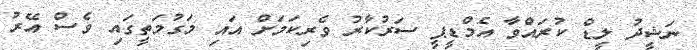
ނަޝީދު ލީޑް ކުރައްވާ އެމްޑީޕީ ސަރުކާރު ވެރިކަމަށް އައި މަގުމަތީގައި ވެސް އޭރު